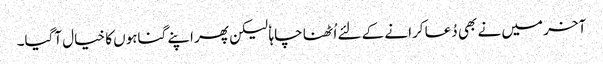
آخر میں نے بھی دُعا کرانے کے لئے اُٹھنا چاہا ٗ لیکن پھر اپنے گناہوں کا خیال آگیا۔